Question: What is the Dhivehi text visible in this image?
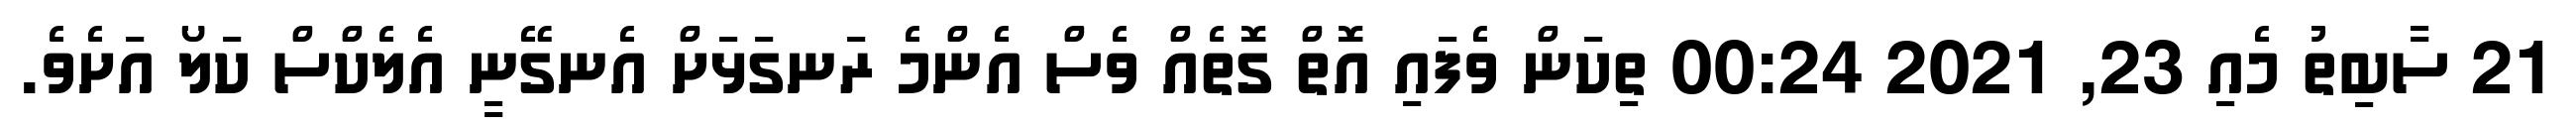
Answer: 21 ސާބިތު މެއި 23, 2021 00:24 ތިކަން ވެފައި އޮތް ގޮތެއް ވެސް އެންމެ ރަނގަޅަށް އެނގޭނީ އެލެކްސް ކަލޯ އަށެވެ.